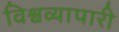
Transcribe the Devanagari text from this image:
विश्वव्यापारी